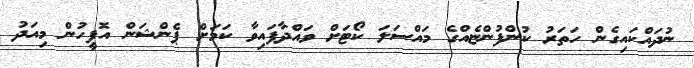
ނުދައްކައިގެން ހަތަރު ކުންފުންޏެއްގެ މައްސަލަ ކޯޓަށް ވައްދާފައިވާ ކަމަށް ޕެންޝަން އޮފީހުން މިއަދު